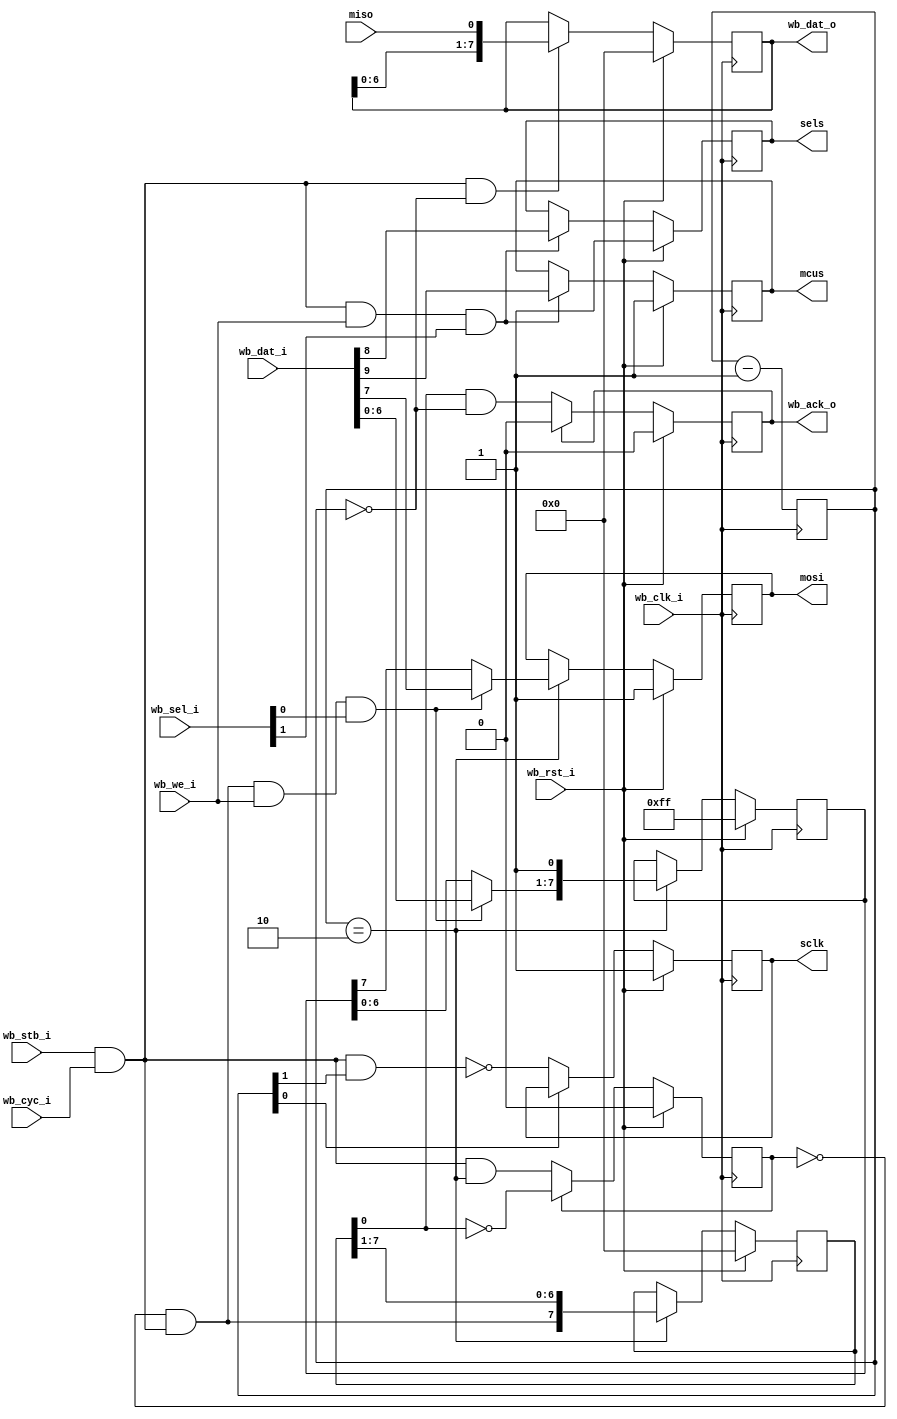
module WB_SPI_Flash(
    input            	wb_clk_i,	// Wishbone slave interface
    input            	wb_rst_i,
    input      [15:0] 	wb_dat_i,
    output reg  [7:0] 	wb_dat_o,
    input            	wb_we_i,
    input       [1:0] 	wb_sel_i,
    input            	wb_stb_i,
    input            	wb_cyc_i,
    output reg       	wb_ack_o,

    output reg 			sclk,		// Serial pad signal
    input      			miso,
    output reg 			mosi,
    output reg 			sels,		// Flash Select
    output reg 			mcus		// MCU select
  );

  wire       op;		// Operator
  wire       start;		// Start indication
  wire       send;		// End indication
  reg        st;
  reg  [7:0] tr;		
  reg  [7:0] sft;
  reg  [1:0] clk_div;

  assign op     = wb_stb_i & wb_cyc_i;
  assign start  = !st & op;
  assign send   = start & wb_we_i & wb_sel_i[0];

  always @(posedge wb_clk_i) clk_div  <= clk_div - 2'd1;
  always @(posedge wb_clk_i) sclk     <= wb_rst_i ? 1'b1  : (clk_div[0] ? sclk : !(op & clk_div[1]));
  always @(posedge wb_clk_i) wb_ack_o <= wb_rst_i ? 1'b0  : (wb_ack_o ? 1'b0 : (sft[0] && clk_div == 2'b00));
  
  always @(negedge wb_clk_i) sels     <= wb_rst_i ? 1'b1  : ((op & wb_we_i & wb_sel_i[1]) ? wb_dat_i[8] : sels);
  always @(negedge wb_clk_i) mcus     <= wb_rst_i ? 1'b1  : ((op & wb_we_i & wb_sel_i[1]) ? wb_dat_i[9] : mcus);

  always @(posedge wb_clk_i) mosi     <= wb_rst_i ? 1'b1  : (clk_div == 2'b10 ? (send ? wb_dat_i[7] : tr[7]) : mosi);
  always @(posedge wb_clk_i) tr       <= wb_rst_i ? 8'hff : (clk_div == 2'b10 ? { (send ? wb_dat_i[6:0] : tr[6:0]), 1'b1 } : tr);

  always @(posedge wb_clk_i) wb_dat_o <= wb_rst_i ? 8'h0  : ((op && clk_div == 2'b0) ? { wb_dat_o[6:0], miso } : wb_dat_o);

  always @(posedge wb_clk_i) st       <= wb_rst_i ? 1'b0  : (st ? !sft[0] : op && clk_div == 2'b10);
  always @(posedge wb_clk_i) sft      <= wb_rst_i ? 8'h0  : (clk_div == 2'b10 ? { start, sft[7:1] } : sft);

// --------------------------------------------------------------------
endmodule